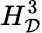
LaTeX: H_{\cal D}^{3}